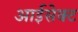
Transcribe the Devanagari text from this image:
आईसेक्ट